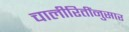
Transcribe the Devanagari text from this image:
चालीरितींनुसार